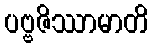
ပဗ္ဗဇိဿာမာတိ